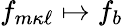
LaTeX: f_{m{\kappa\ell}}\mapsto f_{b}